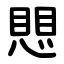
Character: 愳